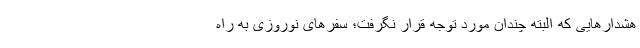
هشدارهایی که البته چندان مورد توجه قرار نگرفت؛ سفرهای نوروزی به راه